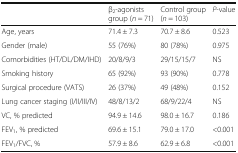
<table><thead><tr><td></td><td><b>β<sub>2</sub>-agonists group (<i>n</i> = 71)</b></td><td><b>Control group (<i>n</i> = 103)</b></td><td><b><i>P</i>-value</b></td></tr></thead><tbody><tr><td>Age, years</td><td>71.4 ± 7.3</td><td>70.7 ± 8.6</td><td>0.523</td></tr><tr><td>Gender (male)</td><td>55 (76%)</td><td>80 (78%)</td><td>0.975</td></tr><tr><td>Comorbidities (HT/DL/DM/IHD)</td><td>20/8/9/3</td><td>29/15/15/7</td><td>NS</td></tr><tr><td>Smoking history</td><td>65 (92%)</td><td>93 (90%)</td><td>0.778</td></tr><tr><td>Surgical procedure (VATS)</td><td>26 (37%)</td><td>49 (48%)</td><td>0.152</td></tr><tr><td>Lung cancer staging (I/II/III/IV)</td><td>48/8/13/2</td><td>68/9/22/4</td><td>NS</td></tr><tr><td>VC, % predicted</td><td>94.9 ± 14.6</td><td>98.0 ± 16.7</td><td>0.186</td></tr><tr><td>FEV<sub>1</sub>, % predicted</td><td>69.6 ± 15.1</td><td>79.0 ± 17.0</td><td>&lt;0.001</td></tr><tr><td>FEV<sub>1</sub>/FVC, %</td><td>57.9 ± 8.6</td><td>62.9 ± 6.8</td><td>&lt;0.001</td></tr></tbody></table>